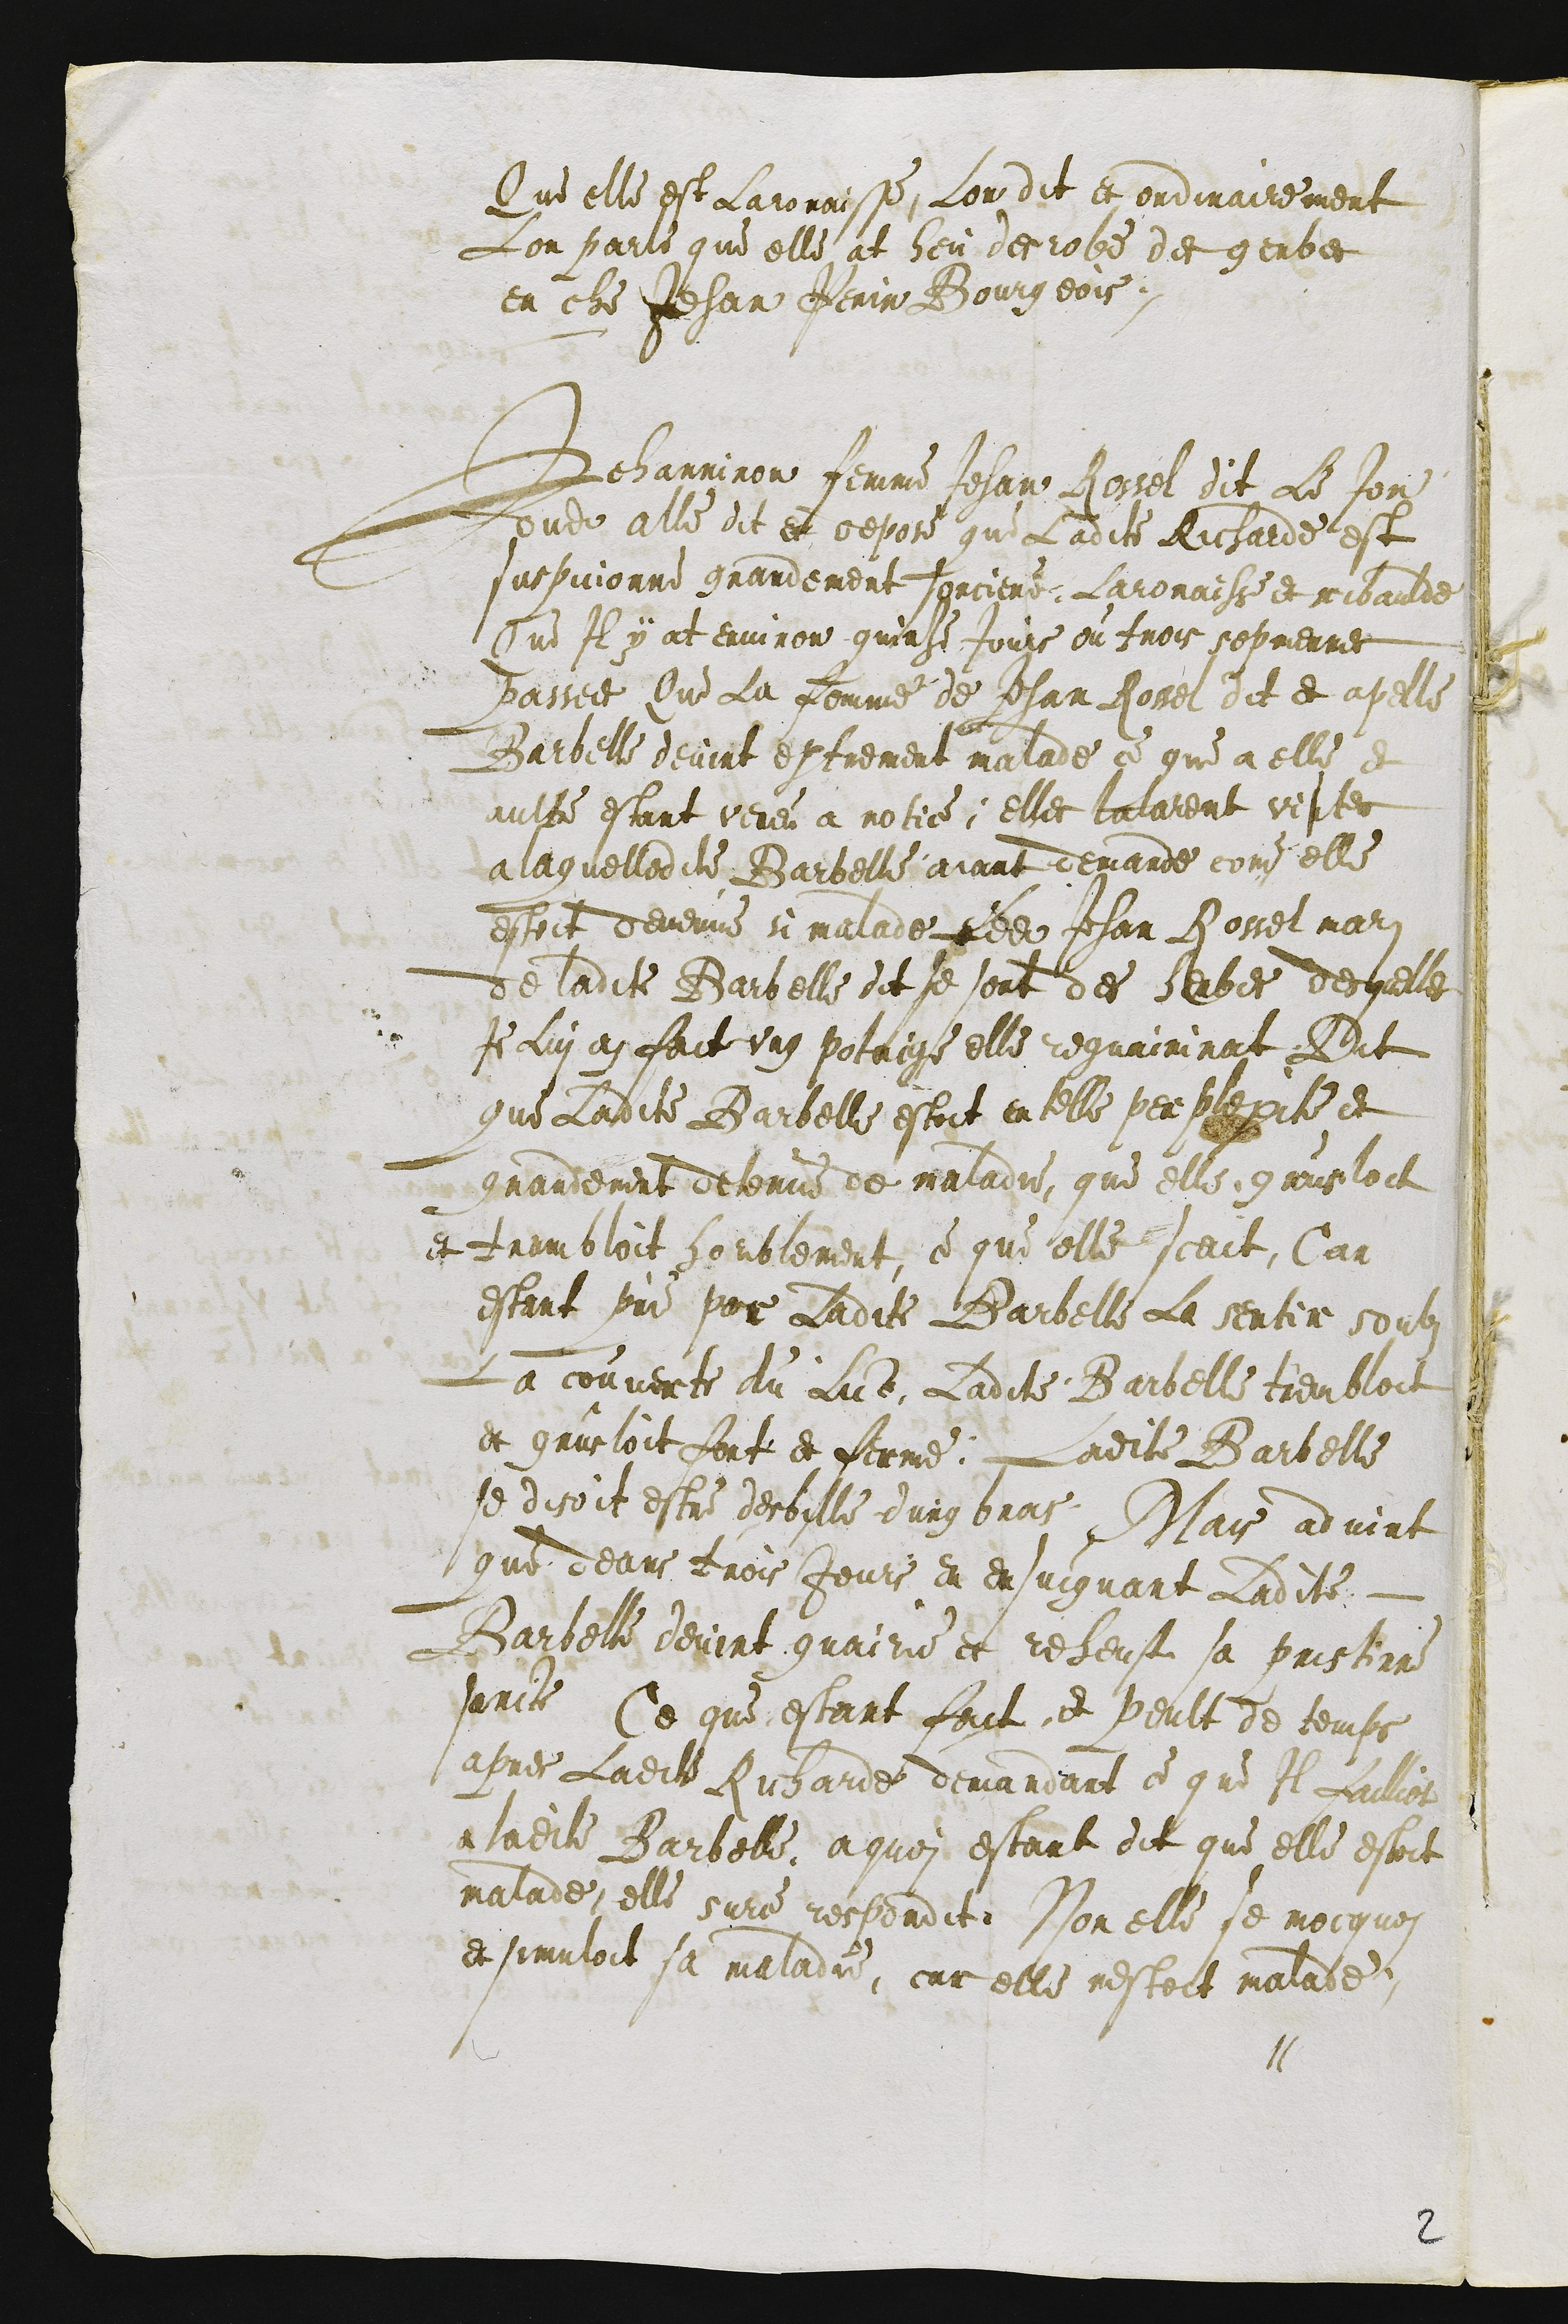
Que elle est Laronaisse, Lon dit et ordinairement
Lon parle que elle at heu derobe des gerbes
en che Jehan Perin Bourgeois.
Jehanniron femme Jehan Rossel dit Le Jon
dudit alle dit et depose que Ladite Richarde est
suspicionne grandement sorciere, Laronaisse et ribaulde
Que Il y at environ quinze Jours ou trois sepmennes
passees Que La femme de Jehan Rossel dit et appelle
Barbelle devint extrement malade ce que a elle et
aultre estant veneu a notice, elles lalarent visites
a laquelledite Barbelle aiant demande come elle
estoit devenue si malade Ledit Jehan Rossel mari
de ladite Barbelle dit se sont des herbes desquelles
Je Lui ai fait ung potaige elle reguairirat Dit
que Ladite Barbelle estoit en telle perplexite et
grandement detenue de maladie, que elle grusloit
et trembloit horiblement, ce que elle scait Car
estant prie par ladite Barbelle La sentir soubz
La couverte du Lict, Ladite Barbelle trembloit
et grusloit fort et ferme. Ladite Barbelle
se disoit estre desbille d'ung bras Mais advint
que deans trois Jours en ensuigvant ladite
Barbelle devint guairie et reheust sa pristinne
sancte Ce que estant fait et peult de temps
apres Ladite Richarde demandant ce que Il failliot
a ladite Barbelle, a quoi estant dit que elle estoit
malade elle surce respondit Non elle se mocquoi
et simuloit sa maladie, car elle nestoit malade.